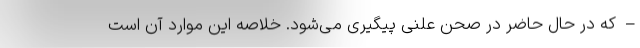
–که در حال حاضر در صحن علنی پیگیری می‌شود. خلاصه این موارد آن است